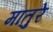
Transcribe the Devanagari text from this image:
मातुरे